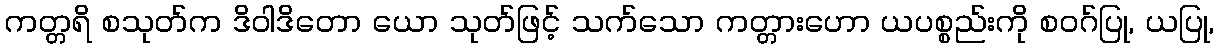
ကတ္တရိ စသုတ်က ဒိဝါဒိတော ယော သုတ်ဖြင့် သက်သော ကတ္တားဟော ယပစ္စည်းကို စဝဂ်ပြု, ယပြု,